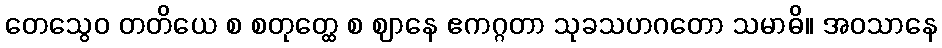
တေသွေဝ တတိယေ စ စတုတ္ထေ စ ဈာနေ ဧကဂ္ဂတာ သုခသဟဂတော သမာဓိ။ အဝသာနေ